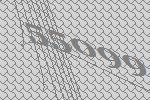
55099